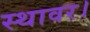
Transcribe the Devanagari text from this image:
स्थावर।